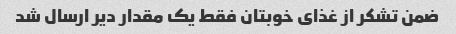
ضمن تشکر از غذای خوبتان فقط یک مقدار دیر ارسال شد